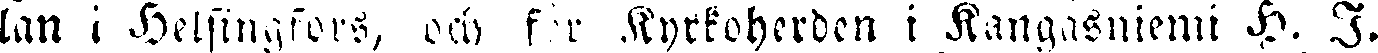
lan i Helsingfors, och för Kyrkoherden i Kangasniemi H. I.